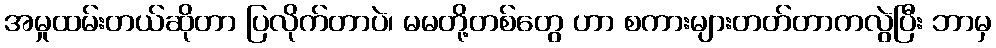
အမှုထမ်းတယ်ဆိုတာ ပြလိုက်တာပဲ၊ မမတို့တစ်တွေ ဟာ စကားများတတ်တာကလွဲပြီး ဘာမှ